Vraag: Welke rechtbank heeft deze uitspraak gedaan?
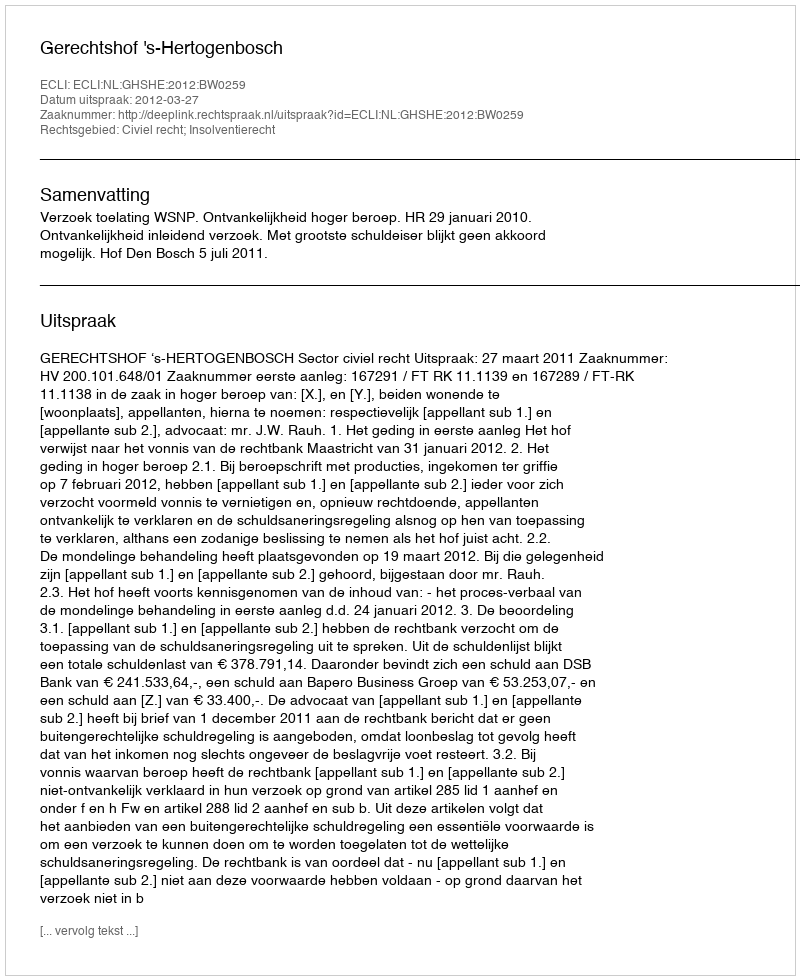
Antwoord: Gerechtshof 's-Hertogenbosch